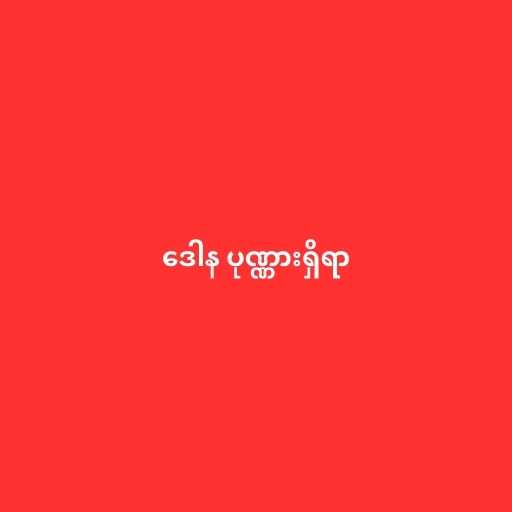
ဒေါန ပုဏ္ဏားရှိရာ